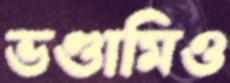
ভণ্ডামিও